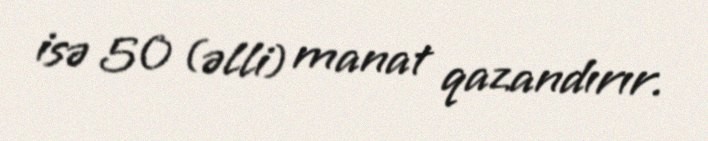
isə 50 (əlli) manat qazandırır.